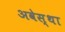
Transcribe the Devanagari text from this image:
अवेस्था